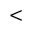
<